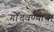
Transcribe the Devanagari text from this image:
गोंदवण्याचा